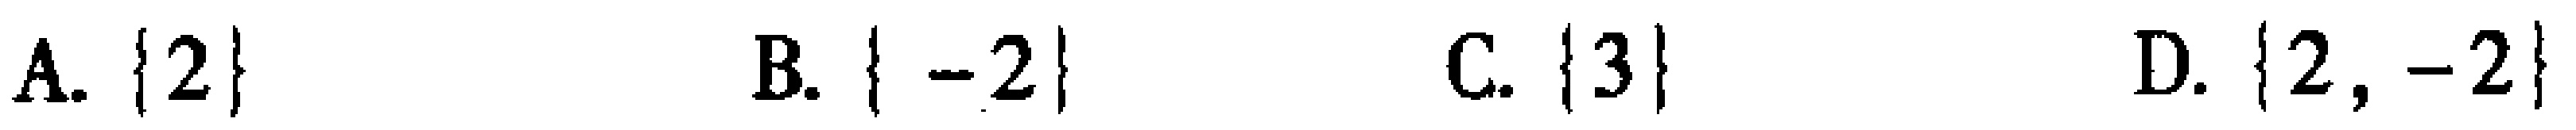
A. $\{2\}$  B. $\{-2\}$  C. $\{3\}$  D. $\{2, -2\}$